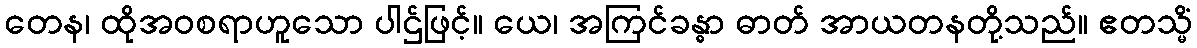
တေန၊ ထိုအဝစရာဟူသော ပါဌ်ဖြင့်။ ယေ၊ အကြင်ခန္ဓာ ဓာတ် အာယတနတို့သည်။ ဧတသ္မိံ